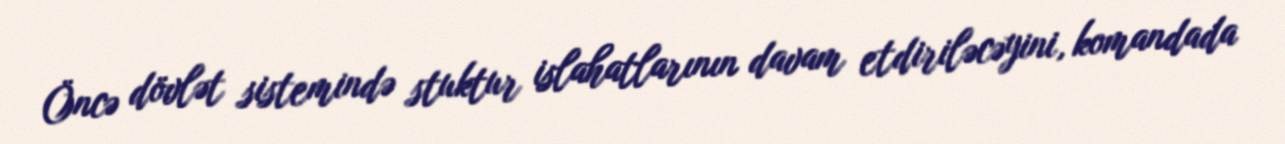
Öncə dövlət sistemində stuktur islahatlarının davam etdiriləcəyini, komandada